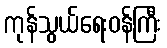
ကုန်သွယ်ရေးဝန်ကြီး